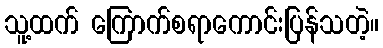
သူ့ထက် ကြောက်စရာကောင်းပြန်သတဲ့။